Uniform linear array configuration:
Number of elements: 8
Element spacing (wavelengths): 0.25
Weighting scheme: cosine
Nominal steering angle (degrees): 60
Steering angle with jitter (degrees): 58.201
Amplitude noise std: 0.05
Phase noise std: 0.05

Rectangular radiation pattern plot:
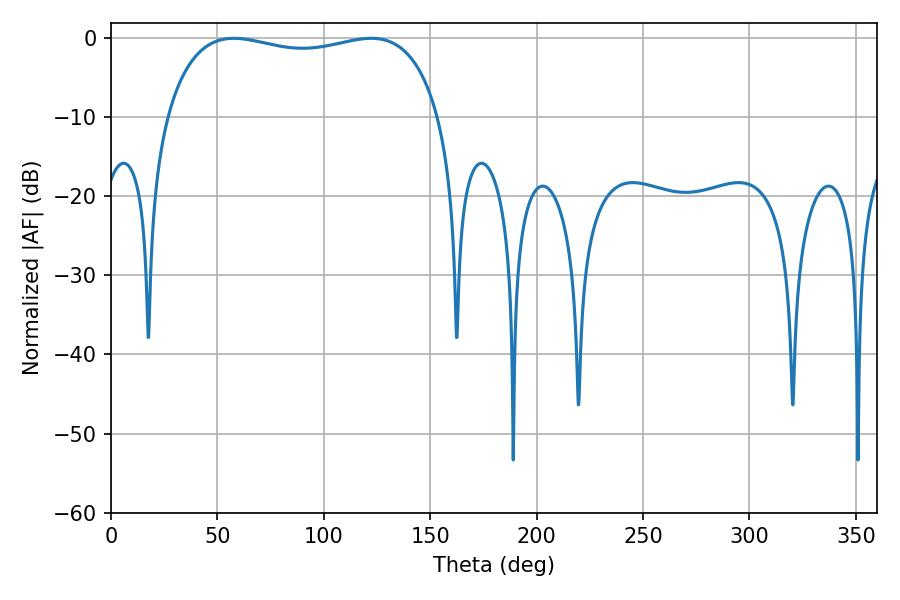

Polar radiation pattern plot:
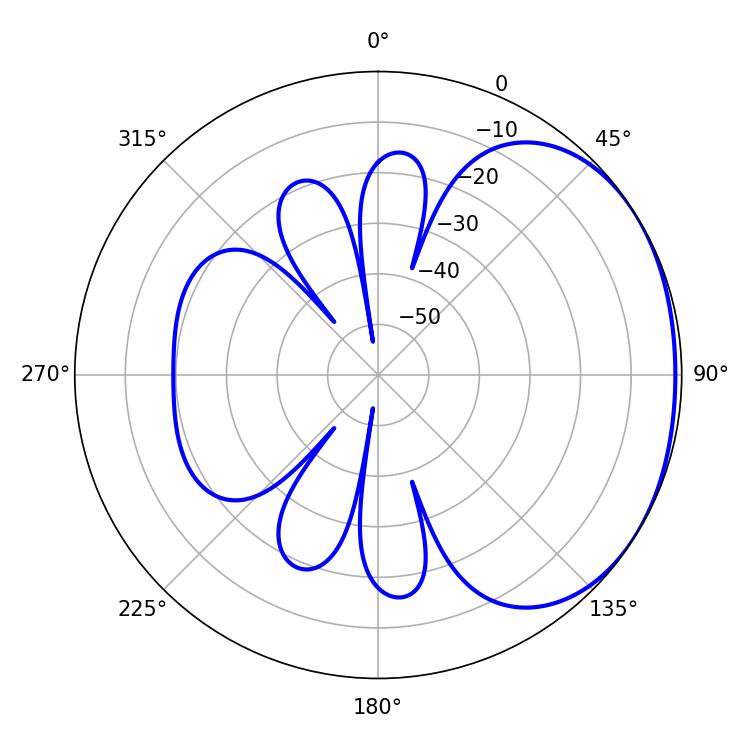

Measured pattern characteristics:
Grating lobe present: FALSE
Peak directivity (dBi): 1.556
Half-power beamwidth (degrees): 104.4
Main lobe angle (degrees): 57.78